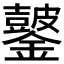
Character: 𫓖